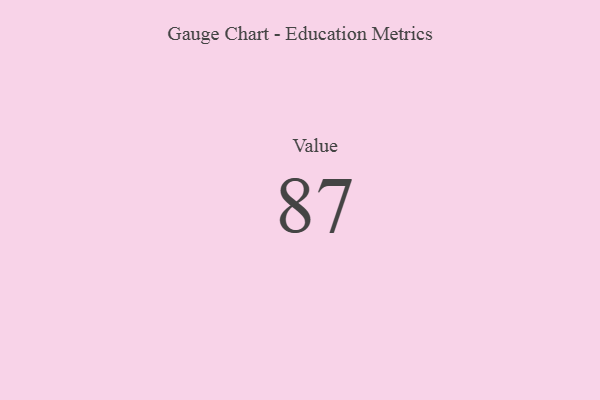
{"axis": {"x": "Metric", "y": "Value"}, "legend": [""], "data": [{"x": "Value", "y": 87, "type": ""}]}